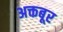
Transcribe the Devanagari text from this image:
अक्तबूर